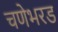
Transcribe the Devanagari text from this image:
चणेभरड